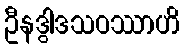
ဦနဒွါဒသဝဿာဟိ